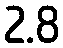
2.8